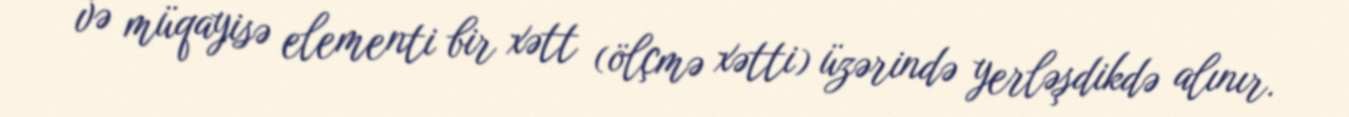
və müqayisə elementi bir xətt (ölçmə xətti) üzərində yerləşdikdə alınır.